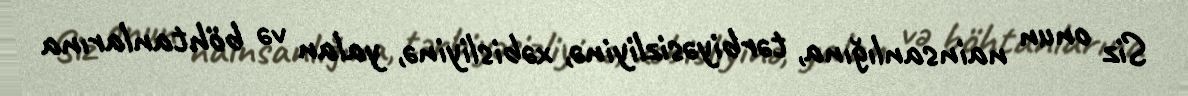
Siz onun nainsanlığına, tərbiyəsizliyinə, xəbisliyinə, yalan və böhtanlarına